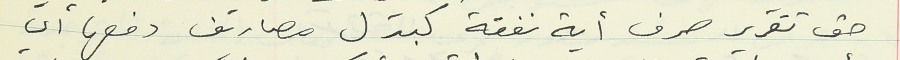
حق تقرير صرف أية نفقة كبدل مصاريف دفعها أي